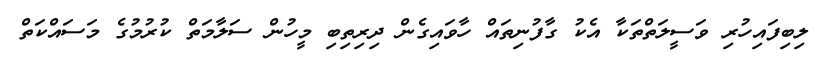
ލިބިފައިހުރި ވަސީލަތްތަކާ އެކު ގާފުނިތައް ހާވައިގެން ދިރިތިބި މީހުން ސަލާމަތް ކުރުމުގެ މަސައްކަތް